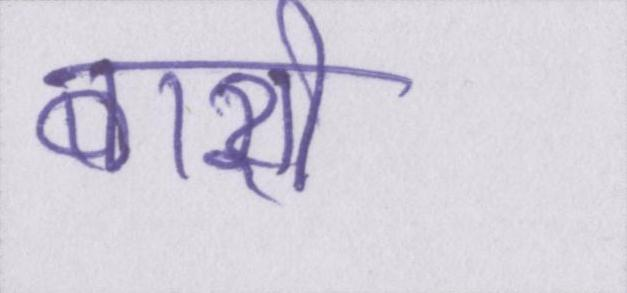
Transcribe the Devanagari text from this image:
बाशी